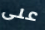
على